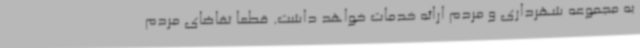
به مجموعه شهرداری و مردم ارائه خدمات خواهد داشت. قطعا تقاضای مردم